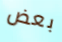
بعض